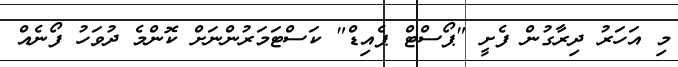
މި އަހަރު ދިރާގުން ފެށީ "ޕޯސްޓް ޕެއިޑް" ކަސްޓަމަރުންނަށް ކޮންމެ ދުވަހު ފޯނެއް